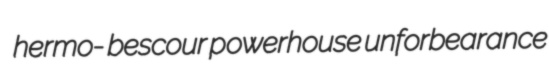
hermo- bescour powerhouse unforbearance